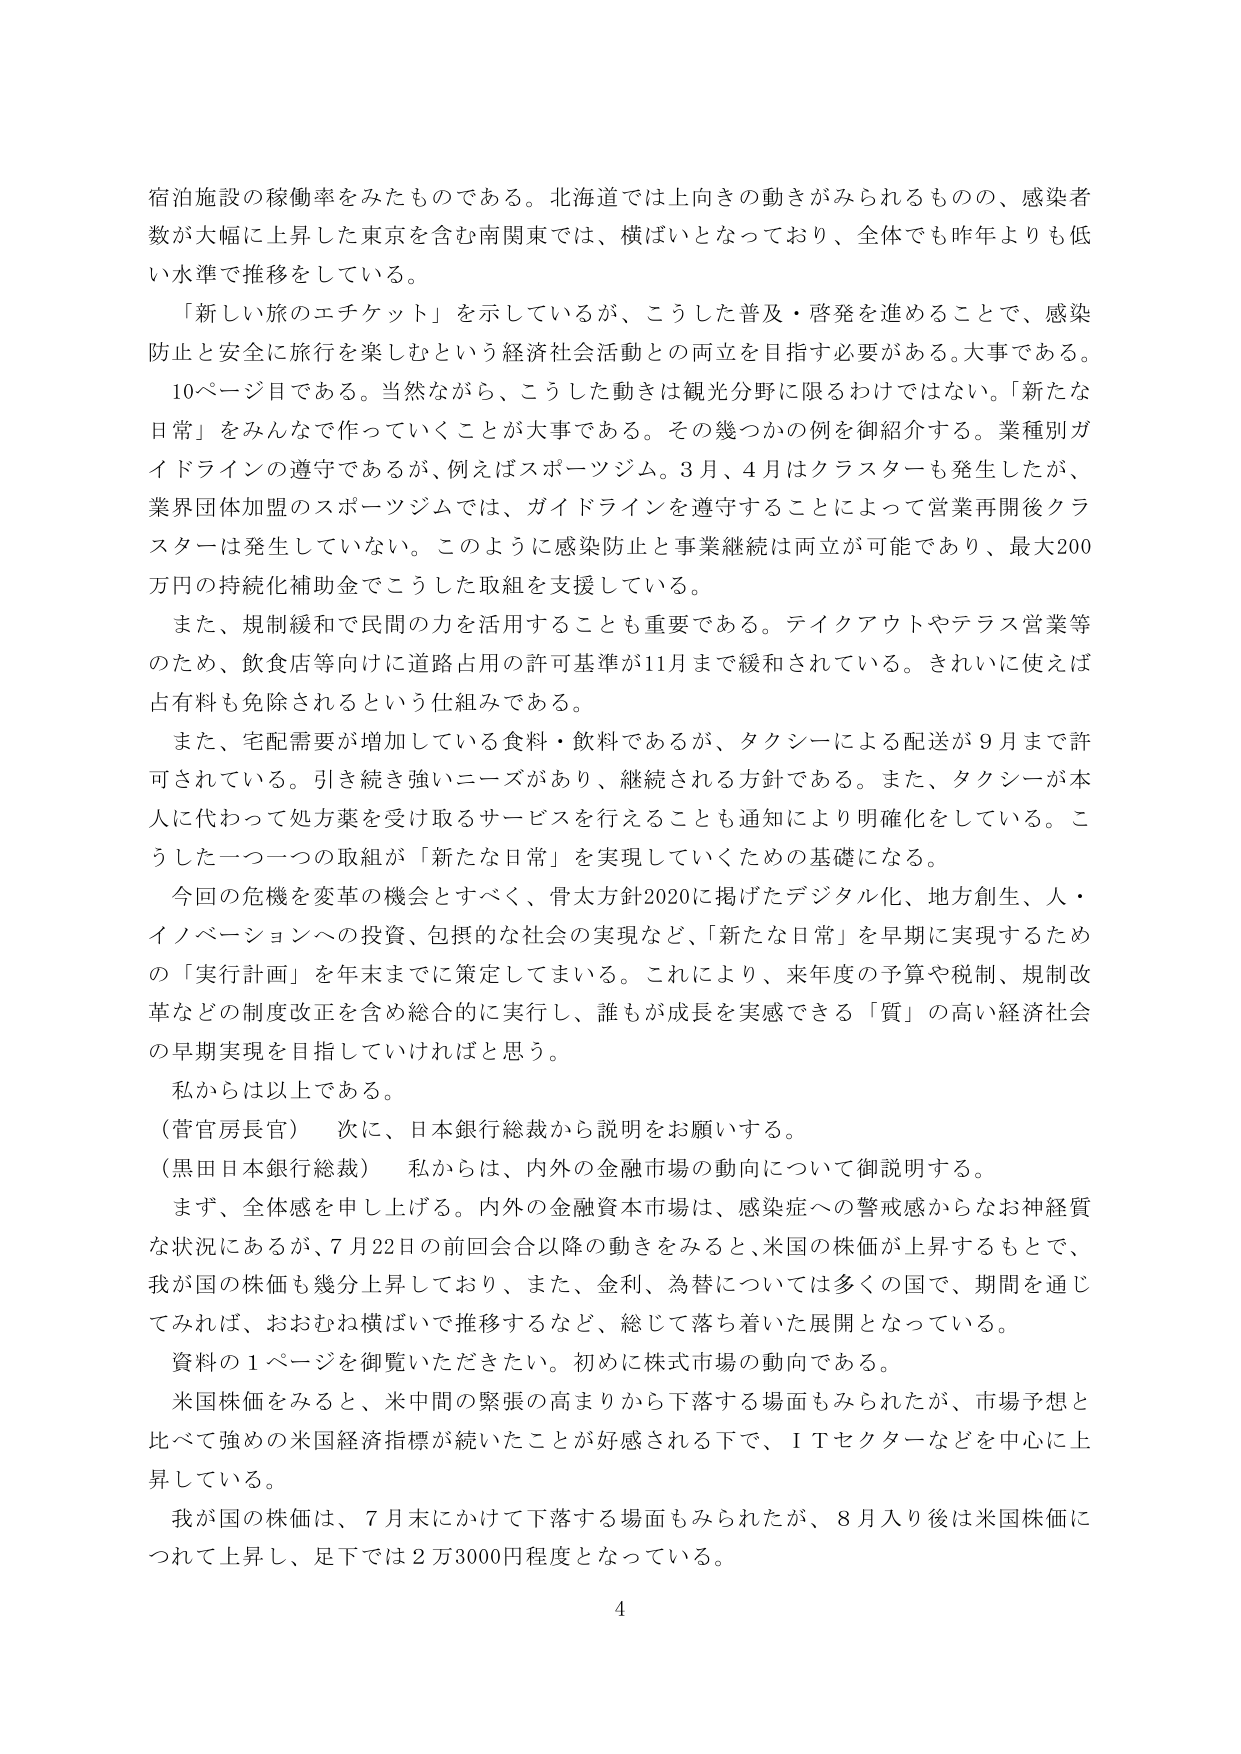
宿泊施設の稼働率をみたものである。北海道では上向きの動きがみられるものの、感染者数が大幅に上昇した東京を含む南関東では、横ばいとなっており、全体でも昨年よりも低い水準で推移をしている。

「新しい旅のエチケット」を示しているが、こうした普及・啓発を進めることで、感染防止と安全に旅行を楽しむという経済社会活動との両立を目指す必要がある。大事である。

10ページ目である。当然ながら、こうした動きは観光分野に限るわけではない。「新たな日常」をみんなで作っていくことが大事である。その幾つかの例を御紹介する。業種別ガイドラインの遵守であるが、例えばスポーツジム。3月、4月はクラスターも発生したが、業界団体加盟のスポーツジムでは、ガイドラインを遵守することによって営業再開後クラスターは発生していない。このように感染防止と事業継続は両立が可能であり、最大200万円の持続化補助金でこうした取組を支援している。

また、規制緩和で民間の力を活用することも重要である。テイクアウトやテラス営業等のため、飲食店等向けに道路占用の許可基準が11月まで緩和されている。されに使えば占有料も免除されるという仕組みである。

また、宅配需要が増加している食料・飲料であるが、タクシーによる配送が9月まで許可されている。引き続き強いニーズがあり、継続される方針である。また、タクシーが本人に代わって処方薬を受け取るサービスを行えることも通知により明確化をしている。こうした一つ一つの取組が「新たな日常」を実現していくための基礎になる。

今回の危機を変革の機会とすべく、骨太方針2020に掲げたデジタル化、地方創生、人・イノベーションへの投資、包摂的な社会の実現など、「新たな日常」を早期に実現するための「実行計画」を年末までに策定してまいる。これにより、来年度の予算や税制、規制改革などの制度改正を含め総合的に実行し、誰もが成長を実感できる「質」の高い経済社会の早期実現を目指していければと思う。

私からは以上である。

（菅官房長官）　次に、日本銀行総裁から説明をお願いする。

（黒田日本銀行総裁）　私からは、内外の金融市場の動向について御説明する。

まず、全体感を申し上げる。内外の金融資本市場は、感染症への警戒からなお神経質な状況にあるが、7月22日の前回会合以降の動きをみると、米国の株価が上昇するもとで、我が国の株価も幾分上昇しており、また、金利、為替については多くの国で、期間を通じてみれば、おおむね横ばいで推移するなど、総じて落ち着いた展開となっている。

資料の1ページを御覧いただきたい。初めに株式市場の動向である。

米国株価をみると、米中間の緊張の高まりから下落する場面もみられたが、市場予想と比べて強めの米国経済指標が続いたことが好感される下で、ＩＴセクターなどを中心に上昇している。

我が国の株価は、7月末にかけて下落する場面もみられたが、8月入り後は米国株価につれて上昇し、足下では2万3000円程度となっている。

4